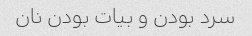
سرد بودن و بیات بودن نان